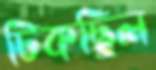
টিকছিল